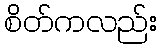
စိတ်ကလည်း